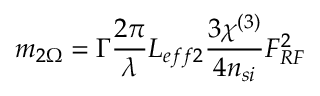
m _ { 2 \Omega } = \Gamma \frac { 2 \pi } { \lambda } L _ { e f f 2 } \frac { 3 \chi ^ { ( 3 ) } } { 4 n _ { s i } } F _ { R F } ^ { 2 }